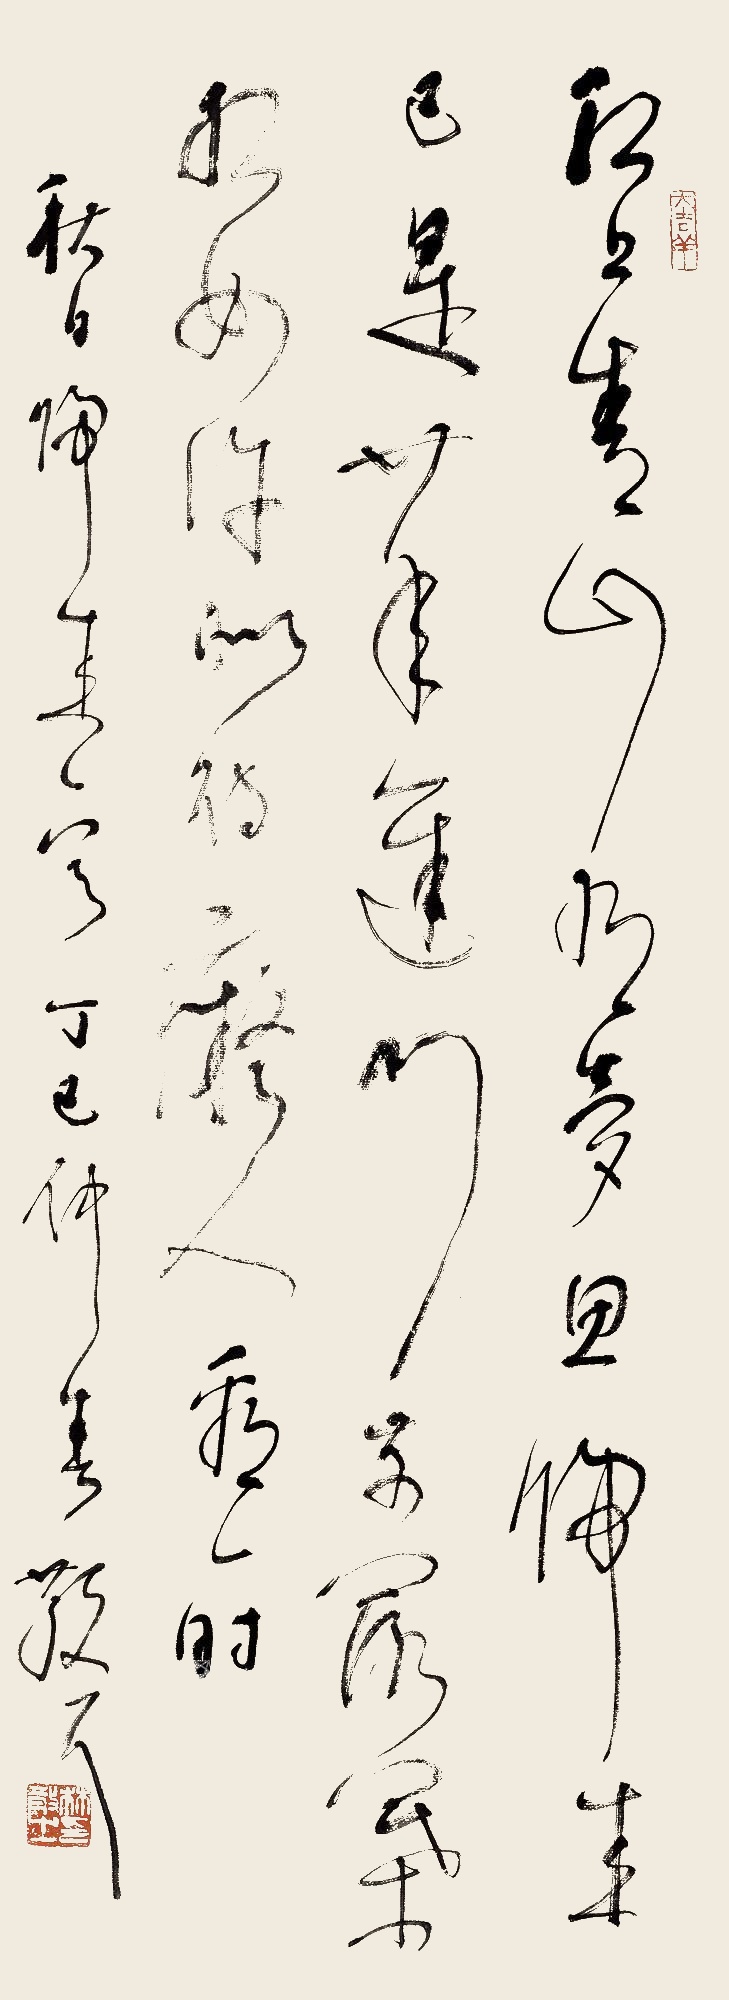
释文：江上青山看奇思，归来已是廿年迟，门前红叶深如许，留待痴人看一时。秋日归来一首，丁巳仲春散耳。